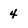
Character: 4